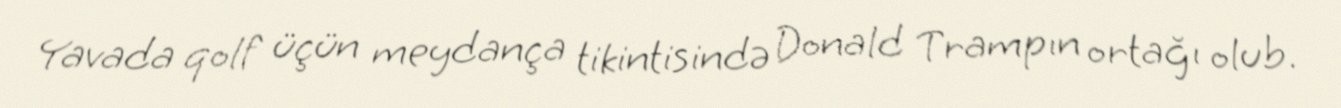
Yavada qolf üçün meydança tikintisində Donald Trampın ortağı olub.